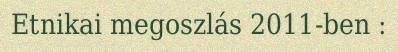
Etnikai megoszlás 2011-ben :